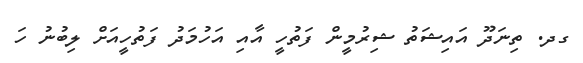
ގދ. ތިނަދޫ އައިޝަތު ޝިރުމީން ފަތުހީ އާއި އަހުމަދު ފަތުހީއަށް ލިބުނު ހަ